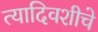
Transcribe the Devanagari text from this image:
त्यादिवशीचे